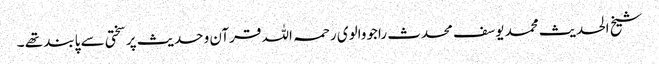
شیخ الحدیث محمد یوسف محدث راجووالوی رحمہ اللہ قرآن و حدیث پر سختی سے پابند تھے ۔